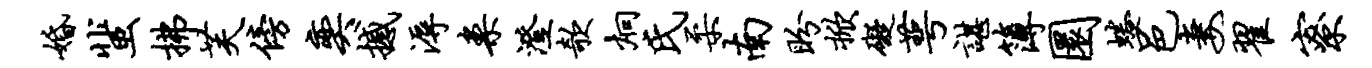
婚蜚拂芙傍奕撼溽案澄欹炯氏柔南盼掀碍萼谌簿圜蜷邑妻翟寮